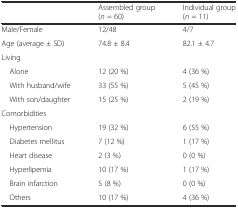
<table><thead><tr><td></td><td><b>Assembled group (<i>n</i> = 60)</b></td><td><b>Individual group (<i>n</i> = 11)</b></td></tr></thead><tbody><tr><td>Male/Female</td><td>12/48</td><td>4/7</td></tr><tr><td>Age (average ± SD)</td><td>74.8 ± 8.4</td><td>82.1 ± 4.7</td></tr><tr><td>Living</td><td></td><td></td></tr><tr><td> Alone</td><td>12 (20 %)</td><td>4 (36 %)</td></tr><tr><td> With husband/wife</td><td>33 (55 %)</td><td>5 (45 %)</td></tr><tr><td> With son/daughter</td><td>15 (25 %)</td><td>2 (19 %)</td></tr><tr><td>Comorbidities</td><td></td><td></td></tr><tr><td> Hypertension</td><td>19 (32 %)</td><td>6 (55 %)</td></tr><tr><td> Diabetes mellitus</td><td>7 (12 %)</td><td>1 (17 %)</td></tr><tr><td> Heart disease</td><td>2 (3 %)</td><td>0 (0 %)</td></tr><tr><td> Hyperlipemia</td><td>10 (17 %)</td><td>1 (17 %)</td></tr><tr><td> Brain infarction</td><td>5 (8 %)</td><td>0 (0 %)</td></tr><tr><td> Others</td><td>10 (17 %)</td><td>4 (36 %)</td></tr></tbody></table>